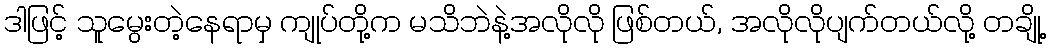
ဒါဖြင့် သူမွေးတဲ့နေရာမှ ကျုပ်တို့က မသိဘဲနဲ့အလိုလို ဖြစ်တယ်, အလိုလိုပျက်တယ်လို့ တချို့